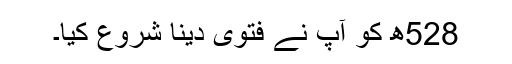
528ھ کو آپ نے فتویٰ دینا شروع کیا۔